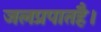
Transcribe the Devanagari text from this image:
जलप्रपातहै।